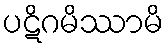
ပဋိဂမိဿာမိ